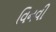
વિનવી